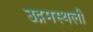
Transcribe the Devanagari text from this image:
उद्गमस्थली